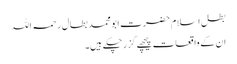
بطل اسلام حضرت ابو محمد بطال رحمہ اللہ​
ان کے واقعات پیچھے گزر چکے ہیں۔